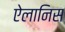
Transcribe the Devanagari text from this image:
ऐलानिस